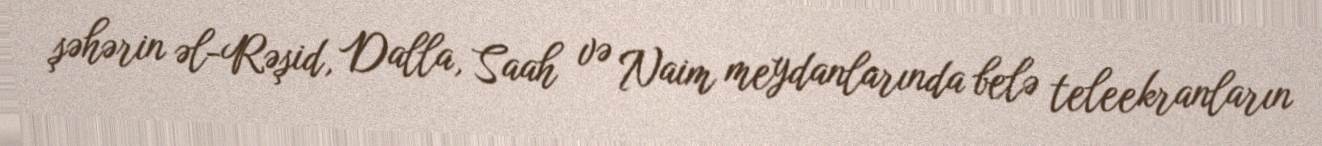
şəhərin əl-Rəşid, Dalla, Saah və Naim meydanlarında belə teleekranların